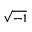
\sqrt { - 1 }